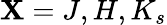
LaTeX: \mathbf{X}=J,H,K_{s}